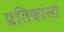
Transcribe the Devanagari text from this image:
प्रतिकांना